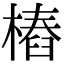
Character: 樁